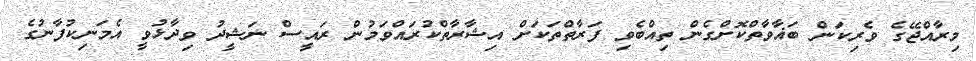
މިރާއްޖޭގެ ވެރިކަން ބަޣާވާތްކޮށްގެން ތިއްބެވި ފަރާތްތަކަށް އިޝާރާތްކުރައްވަމުން ރައީސް ނަޝީދު ވިދާޅުވީ އެމަނިކުފާނުގެ